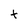
Character: t